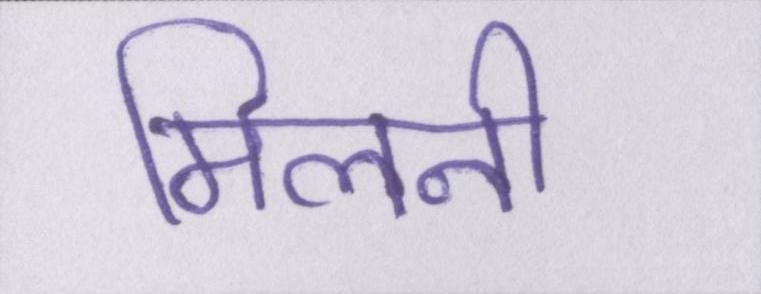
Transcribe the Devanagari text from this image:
मिलनी